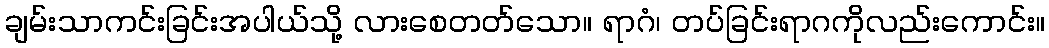
ချမ်းသာကင်းခြင်းအပါယ်သို့ လားစေတတ်သော။ ရာဂံ၊ တပ်ခြင်းရာဂကိုလည်းကောင်း။